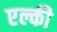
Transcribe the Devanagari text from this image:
एल्की